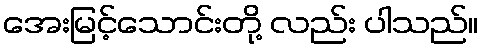
အေးမြင့်သောင်းတို့ လည်း ပါသည်။